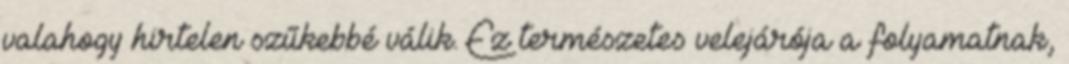
valahogy hirtelen szűkebbé válik. Ez természetes velejárója a folyamatnak,